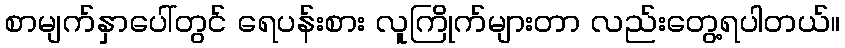
စာမျက်နှာပေါ်တွင် ရေပန်းစား လူကြိုက်များတာ လည်းတွေ့ရပါတယ်။